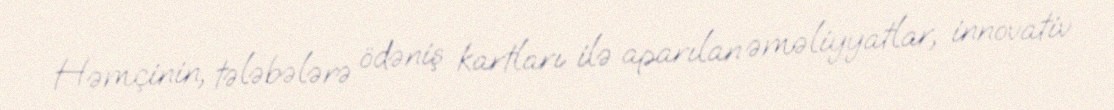
Həmçinin, tələbələrə ödəniş kartları ilə aparılan əməliyyatlar, innovativ